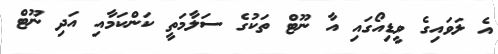
އެ ލަވައިގެ ވީޑިއޯގައި އާ ނޫޓް ތަކުގެ ސަލާމަތީ ކަންކަމާއި އަދި ނޫޓް